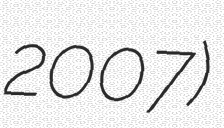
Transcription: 2007)